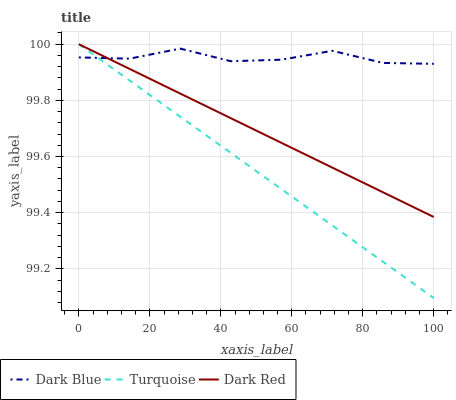
| xaxis_label | Dark Blue | Turquoise | Dark Red |
 | --- | --- | --- | --- |
 | 0 | 100 | 100 | 100 |
 | 14.3 | 99.9 | 99.9 | 99.9 |
 | 28.6 | 100 | 99.7 | 99.8 |
 | 42.9 | 99.9 | 99.6 | 99.7 |
 | 57.1 | 99.9 | 99.5 | 99.6 |
 | 71.4 | 100 | 99.4 | 99.6 |
 | 85.7 | 99.9 | 99.2 | 99.5 |
 | 100 | 99.9 | 99.1 | 99.4 |